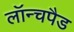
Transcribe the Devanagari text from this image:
लॉन्चपैड